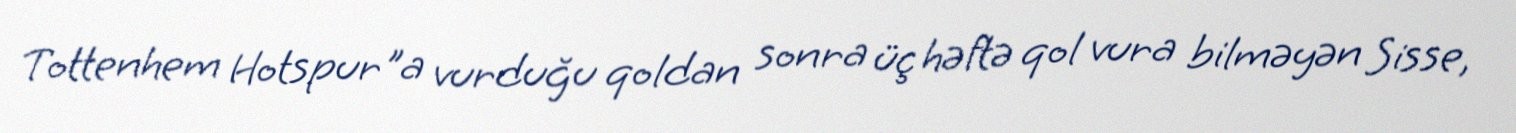
Tottenhem Hotspur"a vurduğu qoldan sonra üç həftə qol vura bilməyən Sisse,